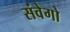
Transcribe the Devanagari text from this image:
संवेगो